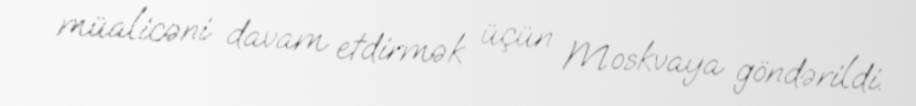
müalicəni davam etdirmək üçün Moskvaya göndərildi.